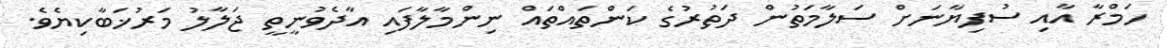
ހަމްރާ އާއި ސުފިޔާނަށް ސަލާމަތުން ދަތުރުގެ ކަންތައްތައް ނިންމާލާފައި އާދެވުނީތީ ޖަލާލު މަރުޚަބާކިޔެވެ.